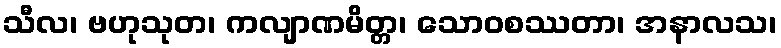
သီလ၊ ဗဟုသုတ၊ ကလျာဏမိတ္တ၊ သောဝစဿတာ၊ အနာလသ၊